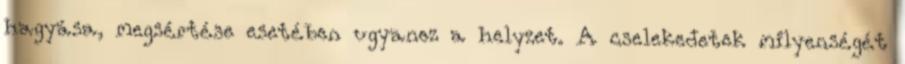
hagyása, megsértése esetében ugyanez a helyzet. A cselekedetek milyenségét